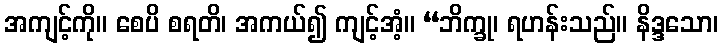
အကျင့်ကို။ စေပိ စရတိ၊ အကယ်၍ ကျင့်အံ့။ “ဘိက္ခု၊ ရဟန်းသည်။ နိဒ္ဒသော၊